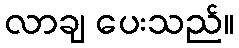
လာချ ပေးသည်။